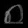
Digit: ၈